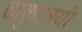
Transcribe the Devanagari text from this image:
ठाकुरत्रयी